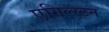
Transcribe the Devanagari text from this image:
एगिल्स्टन